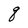
Character: q